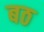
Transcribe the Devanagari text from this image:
बठ